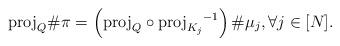
LaTeX: \begin{align*}\mathrm{proj}_{Q} \#\pi = \left( \mathord{\operatorname{proj}}_{Q} \circ { \operatorname{proj}_{K_j } }^{-1} \right)\# \mu_j, \forall j \in [N].\end{align*}